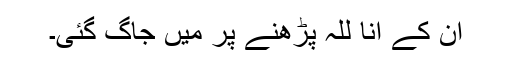
ان کے اِنَّا لِلّٰہِ پڑھنے پر مَیں جاگ گئی۔